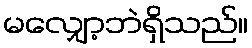
မလျှော့ဘဲရှိသည်။